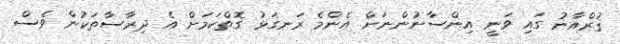
ޤުރްއާނު ގައި ވަނީ އިންސާނުންނަށް އެންމެ ރަނގަޅު ގޮތްކަމަށް އެ ދިރާސާތަކުން ވެސް